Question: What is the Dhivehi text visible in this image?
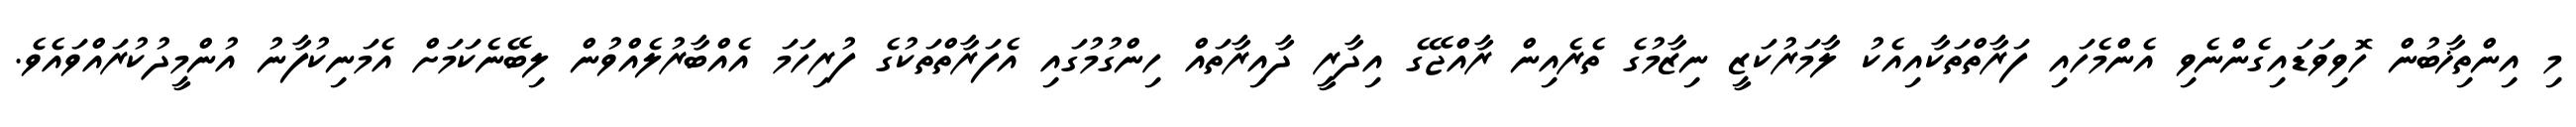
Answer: މި އިންތިޚާބުން ހޮވިވަޑައިގެންނެވި އެންމެހައި ފަރާތްތަކާއިއެކު ލާމަރުކަޒީ ނިޒާމުގެ ތެރެއިން ރާއްޖޭގެ އިދާރީ ދާއިރާތައް ހިންގުމުގައި އެފަރާތްތަކުގެ ފުރިހަމަ އެއްބާރުލެއްވުން ލިބޭނެކަމަށް އެމަނިކުފާނު އުންމީދުކުރައްވައެވެ.